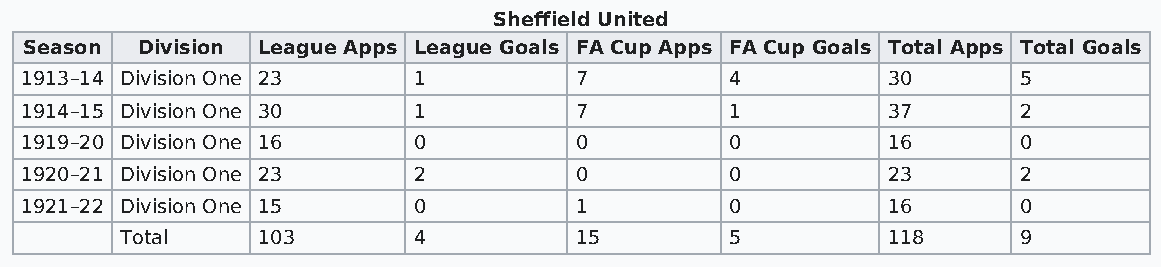
Sheffield United
 Season Division League Apps League Goals FA Cup Apps FA Cup Goals Total Apps Total Goals
 1913–14 Division One 23   1          7         4          30      5
 1914–15 Division One 30   1          7         1          37      2
 1919–20 Division One 16   0          0         0          16      0
 1920–21 Division One 23   2          0         0          23      2
 1921–22 Division One 15   0          1         0          16      0
 Total    103       4          15        5          118     9